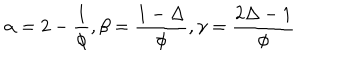
LaTeX: \alpha = 2 - { \frac { 1 } { \phi } } , \beta = { \frac { 1 - \Delta } { \phi } } , \gamma = { \frac { 2 \Delta - 1 } { \phi } }